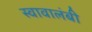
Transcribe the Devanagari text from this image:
स्वावालंबी